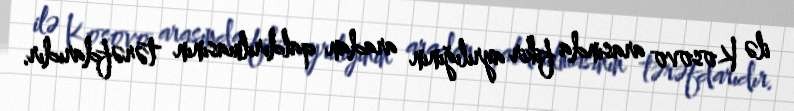
ilə Kosovo arasında fikir ayrılığının aradan qaldırılmasının tərəfdarıdır.